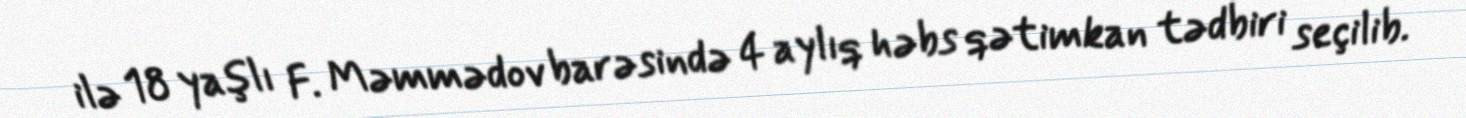
ilə 18 yaşlı F. Məmmədov barəsində 4 aylıq həbs qətimkan tədbiri seçilib.